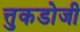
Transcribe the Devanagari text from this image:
त्तुकडोजी